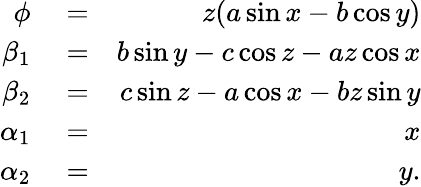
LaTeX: \begin{array}{rlr}{\phi}&{{}=}&{z(a\sin x-b\cos y)}\\ {\beta_{1}}&{{}=}&{b\sin y-c\cos z-az\cos x}\\ {\beta_{2}}&{{}=}&{c\sin z-a\cos x-bz\sin y}\\ {\alpha_{1}}&{{}=}&{x}\\ {\alpha_{2}}&{{}=}&{y.}\end{array}